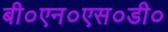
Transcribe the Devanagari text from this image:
बी०एन०एस०डी०